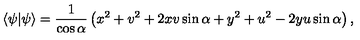
\langle \psi | \psi \rangle = { \frac { 1 } { \cos \alpha } } \left( x ^ { 2 } + v ^ { 2 } + 2 x v \sin \alpha + y ^ { 2 } + u ^ { 2 } - 2 y u \sin \alpha \right) ,